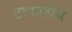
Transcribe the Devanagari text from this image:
टाकलीय